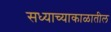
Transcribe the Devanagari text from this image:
सध्याच्याकाळातील